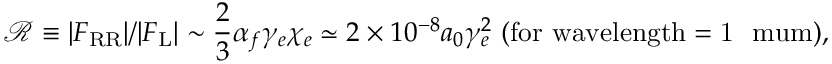
\mathcal { R } \equiv | F _ { \mathrm { R R } } | / | F _ { \mathrm { L } } | \sim \frac { 2 } { 3 } \alpha _ { f } \gamma _ { e } \chi _ { e } \simeq 2 \times 1 0 ^ { - 8 } a _ { 0 } \gamma _ { e } ^ { 2 } ~ ( \mathrm { f o r ~ w a v e l e n g t h = 1 ~ \ m u m } ) ,